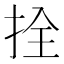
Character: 拴